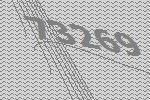
73269